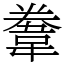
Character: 韏